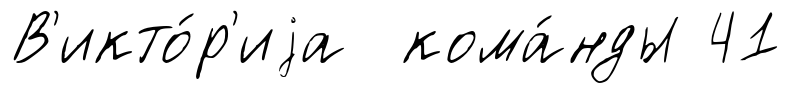
В'икто́р'иjа кома́нды 41